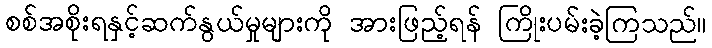
စစ်အစိုးရနှင့်ဆက်နွယ်မှုများကို အားဖြည့်ရန် ကြိုးပမ်းခဲ့ကြသည်။